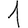
Digit: 1